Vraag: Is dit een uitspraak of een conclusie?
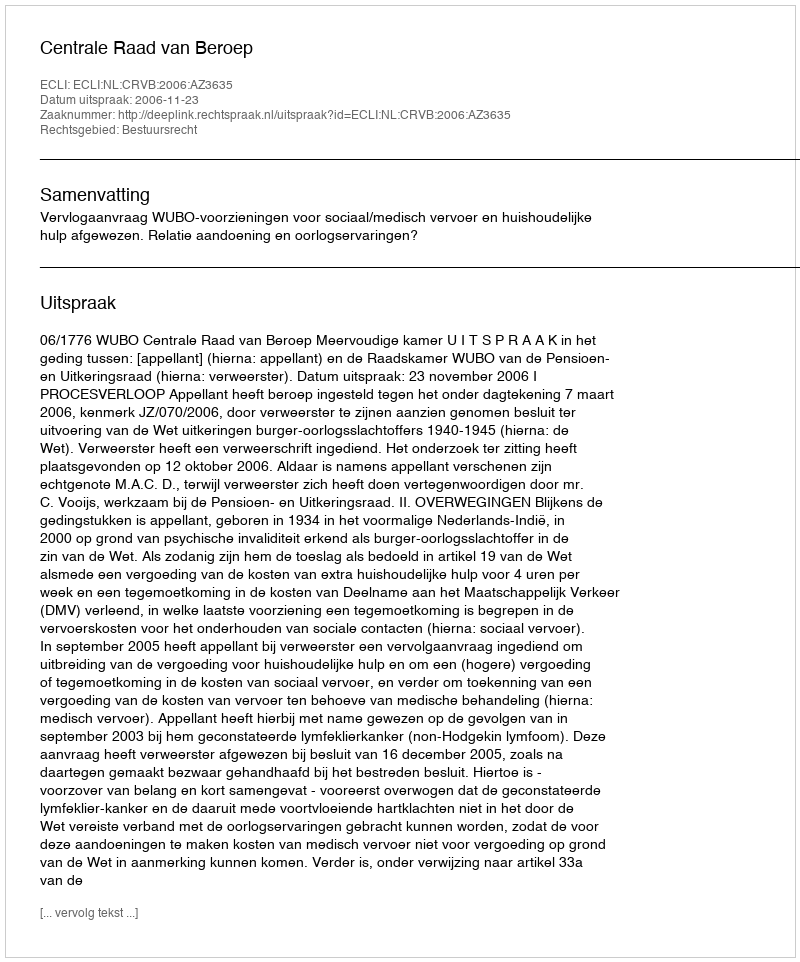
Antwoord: Uitspraak